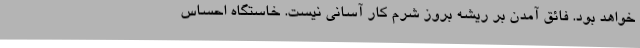
خواهد بود. فائق آمدن بر ریشه بروز شرم کار آسانی نیست. خاستگاه احساس